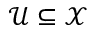
\mathcal U \subseteq \mathcal X